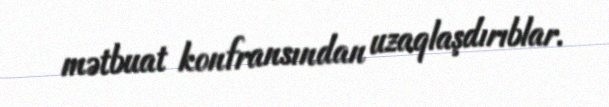
mətbuat konfransından uzaqlaşdırıblar.